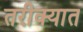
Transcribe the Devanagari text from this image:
तरीक्यात